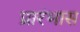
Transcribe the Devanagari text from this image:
प्रारंभास